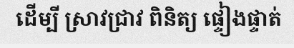
ដើម្បី ស្រាវជ្រាវ ពិនិត្យ ផ្ទៀងផ្ទាត់